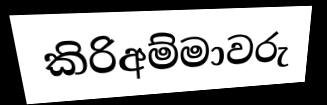
කිරිඅම්මාවරු